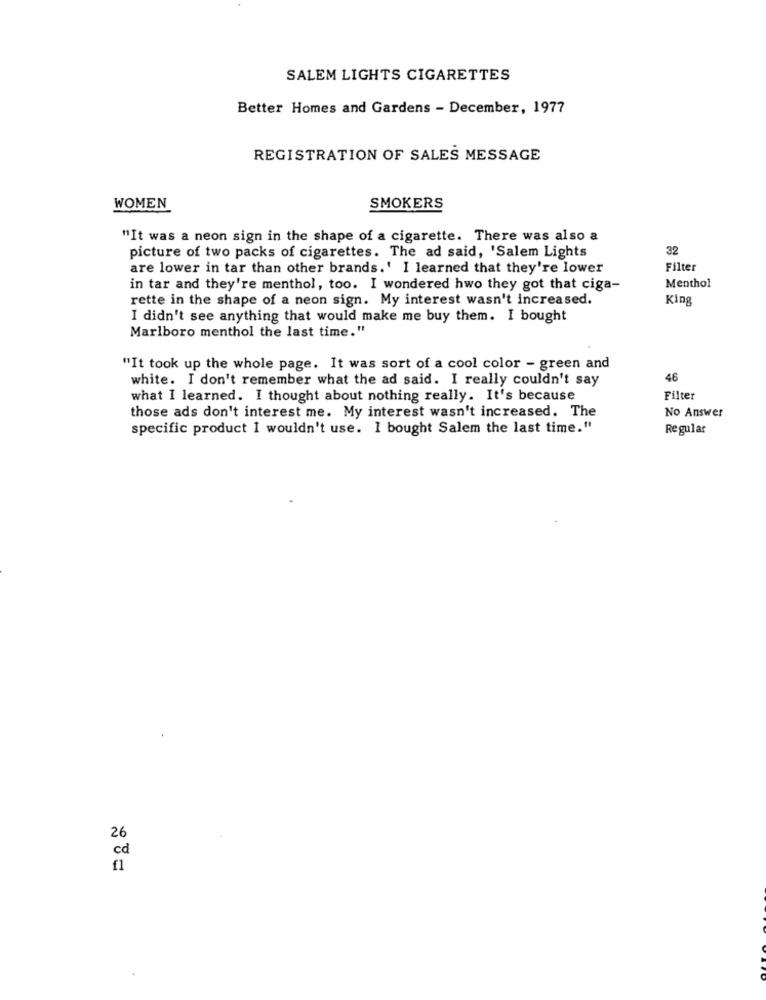
SALEM LIGHTS CIGARETTES
Better Homes and Gardens - December, 1977
REGISTRATION OF SALES MESSAGE
WOMEN
SMOKERS
"It was a neon sign in the shape of a cigarette. There was also a
picture of two packs of cigarettes. The ad said, 'Salem Lights
32
are lower in tar than other brands.' I learned that they're lower
Filter
in tar and they're menthol, too. I wondered hwo they got that ciga-
Menthol
rette in the shape of a neon sign. My interest wasn't increased.
King
I didn't see anything that would make me buy them. I bought
Marlboro menthol the last time."
"It took up the whole page. It was sort of a cool color - green and
white. I don't remember what the ad said. I really couldn't say
46
what I learned. I thought about nothing really. It's because
Filter
those ads don't interest me. My interest wasn't increased. The
No Answer
specific product I wouldn't use. I bought Salem the last time."
Regular
26
cd
f1